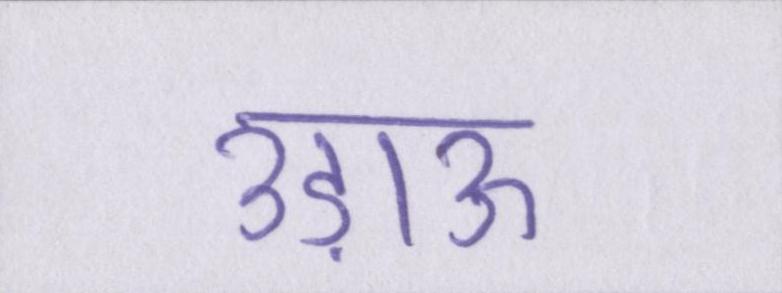
उड़ाऊ